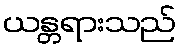
ယန္တရားသည်